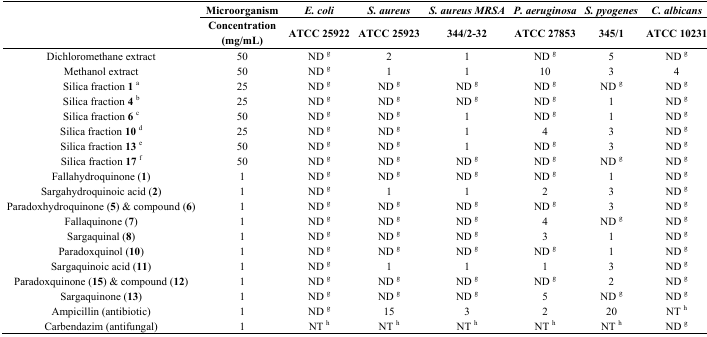
<table><thead><tr><td rowspan="2"></td><td><b>Microorganism</b></td><td><b><i>E. coli</i></b></td><td><b><i>S. aureus</i></b></td><td><b><i>S. aureus MRSA</i></b></td><td><b><i>P. aeruginosa</i></b></td><td><b><i>S. pyogenes</i></b></td><td><b><i>C. albicans</i></b></td></tr><tr><td><b>Concentration (mg/mL)</b></td><td><b>ATCC 25922</b></td><td><b>ATCC 25923</b></td><td><b>344/2-32</b></td><td><b>ATCC 27853</b></td><td><b>345/1</b></td><td><b>ATCC 10231</b></td></tr></thead><tbody><tr><td>Dichloromethane extract</td><td>50</td><td>ND <sup>g</sup></td><td>2</td><td>1</td><td>ND <sup>g</sup></td><td>5</td><td>ND <sup>g</sup></td></tr><tr><td>Methanol extract</td><td>50</td><td>ND <sup>g</sup></td><td>1</td><td>1</td><td>10</td><td>3</td><td>4</td></tr><tr><td>Silica fraction <b>1</b><sup>a</sup></td><td>25</td><td>ND <sup>g</sup></td><td>ND <sup>g</sup></td><td>ND <sup>g</sup></td><td>ND <sup>g</sup></td><td>ND <sup>g</sup></td><td>ND <sup>g</sup></td></tr><tr><td>Silica fraction <b>4</b><sup>b</sup></td><td>25</td><td>ND <sup>g</sup></td><td>ND <sup>g</sup></td><td>ND <sup>g</sup></td><td>ND <sup>g</sup></td><td>1</td><td>ND <sup>g</sup></td></tr><tr><td>Silica fraction <b>6</b><sup>c</sup></td><td>50</td><td>ND <sup>g</sup></td><td>ND <sup>g</sup></td><td>1</td><td>ND <sup>g</sup></td><td>1</td><td>ND <sup>g</sup></td></tr><tr><td>Silica fraction <b>10</b><sup>d</sup></td><td>25</td><td>ND <sup>g</sup></td><td>ND <sup>g</sup></td><td>1</td><td>4</td><td>3</td><td>ND <sup>g</sup></td></tr><tr><td>Silica fraction <b>13</b><sup>e</sup></td><td>50</td><td>ND <sup>g</sup></td><td>ND <sup>g</sup></td><td>1</td><td>ND <sup>g</sup></td><td>3</td><td>ND <sup>g</sup></td></tr><tr><td>Silica fraction <b>17</b><sup>f</sup></td><td>50</td><td>ND <sup>g</sup></td><td>ND <sup>g</sup></td><td>ND <sup>g</sup></td><td>ND <sup>g</sup></td><td>ND <sup>g</sup></td><td>ND <sup>g</sup></td></tr><tr><td>Fallahydroquinone (<b>1</b>)</td><td>1</td><td>ND <sup>g</sup></td><td>ND <sup>g</sup></td><td>ND <sup>g</sup></td><td>ND <sup>g</sup></td><td>1</td><td>ND <sup>g</sup></td></tr><tr><td>Sargahydroquinoic acid (<b>2</b>)</td><td>1</td><td>ND <sup>g</sup></td><td>1</td><td>1</td><td>2</td><td>3</td><td>ND <sup>g</sup></td></tr><tr><td>Paradoxhydroquinone (<b>5</b>) &amp; compound (<b>6</b>)</td><td>1</td><td>ND <sup>g</sup></td><td>ND <sup>g</sup></td><td>ND <sup>g</sup></td><td>ND <sup>g</sup></td><td>3</td><td>ND <sup>g</sup></td></tr><tr><td>Fallaquinone (<b>7</b>)</td><td>1</td><td>ND <sup>g</sup></td><td>ND <sup>g</sup></td><td>ND <sup>g</sup></td><td>4</td><td>ND <sup>g</sup></td><td>ND <sup>g</sup></td></tr><tr><td>Sargaquinal (<b>8</b>)</td><td>1</td><td>ND <sup>g</sup></td><td>ND <sup>g</sup></td><td>ND <sup>g</sup></td><td>3</td><td>1</td><td>ND <sup>g</sup></td></tr><tr><td>Paradoxquinol (<b>10</b>)</td><td>1</td><td>ND <sup>g</sup></td><td>ND <sup>g</sup></td><td>ND <sup>g</sup></td><td>ND <sup>g</sup></td><td>1</td><td>ND <sup>g</sup></td></tr><tr><td>Sargaquinoic acid (<b>11</b>)</td><td>1</td><td>ND <sup>g</sup></td><td>1</td><td>1</td><td>1</td><td>3</td><td>ND <sup>g</sup></td></tr><tr><td>Paradoxquinone (<b>15</b>) &amp; compound (<b>12</b>)</td><td>1</td><td>ND <sup>g</sup></td><td>ND <sup>g</sup></td><td>ND <sup>g</sup></td><td>ND <sup>g</sup></td><td>2</td><td>ND <sup>g</sup></td></tr><tr><td>Sargaquinone (<b>13</b>)</td><td>1</td><td>ND <sup>g</sup></td><td>ND <sup>g</sup></td><td>ND <sup>g</sup></td><td>5</td><td>ND <sup>g</sup></td><td>ND <sup>g</sup></td></tr><tr><td>Ampicillin (antibiotic)</td><td>1</td><td>ND <sup>g</sup></td><td>15</td><td>3</td><td>2</td><td>20</td><td>NT <sup>h</sup></td></tr><tr><td>Carbendazim (antifungal)</td><td>1</td><td>NT <sup>h</sup></td><td>NT <sup>h</sup></td><td>NT <sup>h</sup></td><td>NT <sup>h</sup></td><td>NT <sup>h</sup></td><td>ND <sup>g</sup></td></tr></tbody></table>